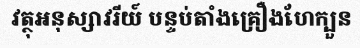
វត្ថុអនុស្សាវរីយ៍ បន្ទប់តាំងគ្រឿងហែក្បួន